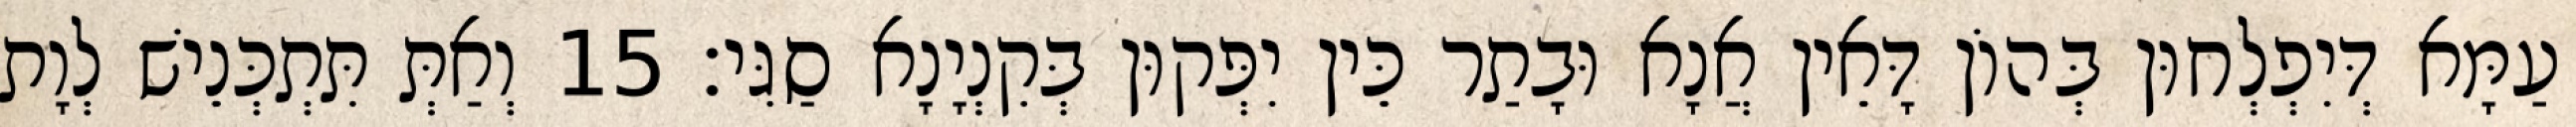
עַמָּא דְּיִפְלְחוּן בְּהוֹן דָּאֵין אֲנָא וּבָתַר כֵּין יִפְּקוּן בְּקִנְיָנָא סַגִּי׃ 15 וְאַתְּ תִּתְכְּנֵישׁ לְוָת